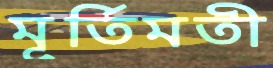
মূর্তিমতী